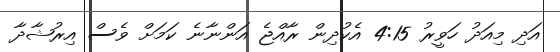
އަދި މިއަދު ހަވީރު 4:15 އެކުދިން ރާއްޖެ އަންނާނެ ކަމަށް ވެސް އިރުޝާދާ